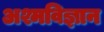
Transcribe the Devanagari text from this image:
अश्मविज्ञान